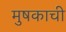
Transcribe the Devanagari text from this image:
मुषकाची